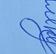
Signature authenticity: genuine